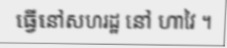
ធ្វើនៅសហរដ្ឋ នៅ ហាវៃ ។